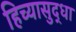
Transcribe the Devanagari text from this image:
हिच्यासुद्धा